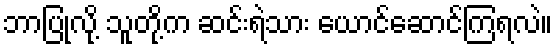
ဘာပြုလို့ သူတို့က ဆင်းရဲသား ယောင်ဆောင်ကြရလဲ။